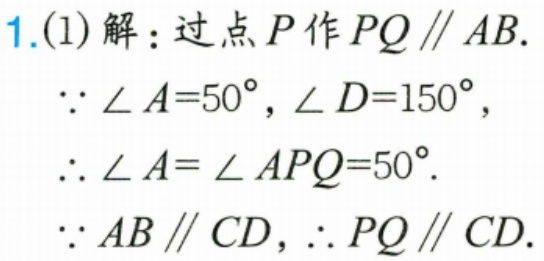
1.(1)解：过点\(P\)作\(PQ \parallel AB\).
\(\because \angle A = 50^{\circ},\angle D = 150^{\circ}\),
\(\therefore \angle A=\angle APQ = 50^{\circ}\).
\(\because AB\parallel CD,\therefore PQ\parallel CD\).